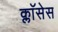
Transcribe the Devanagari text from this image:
क्लाॅसेस